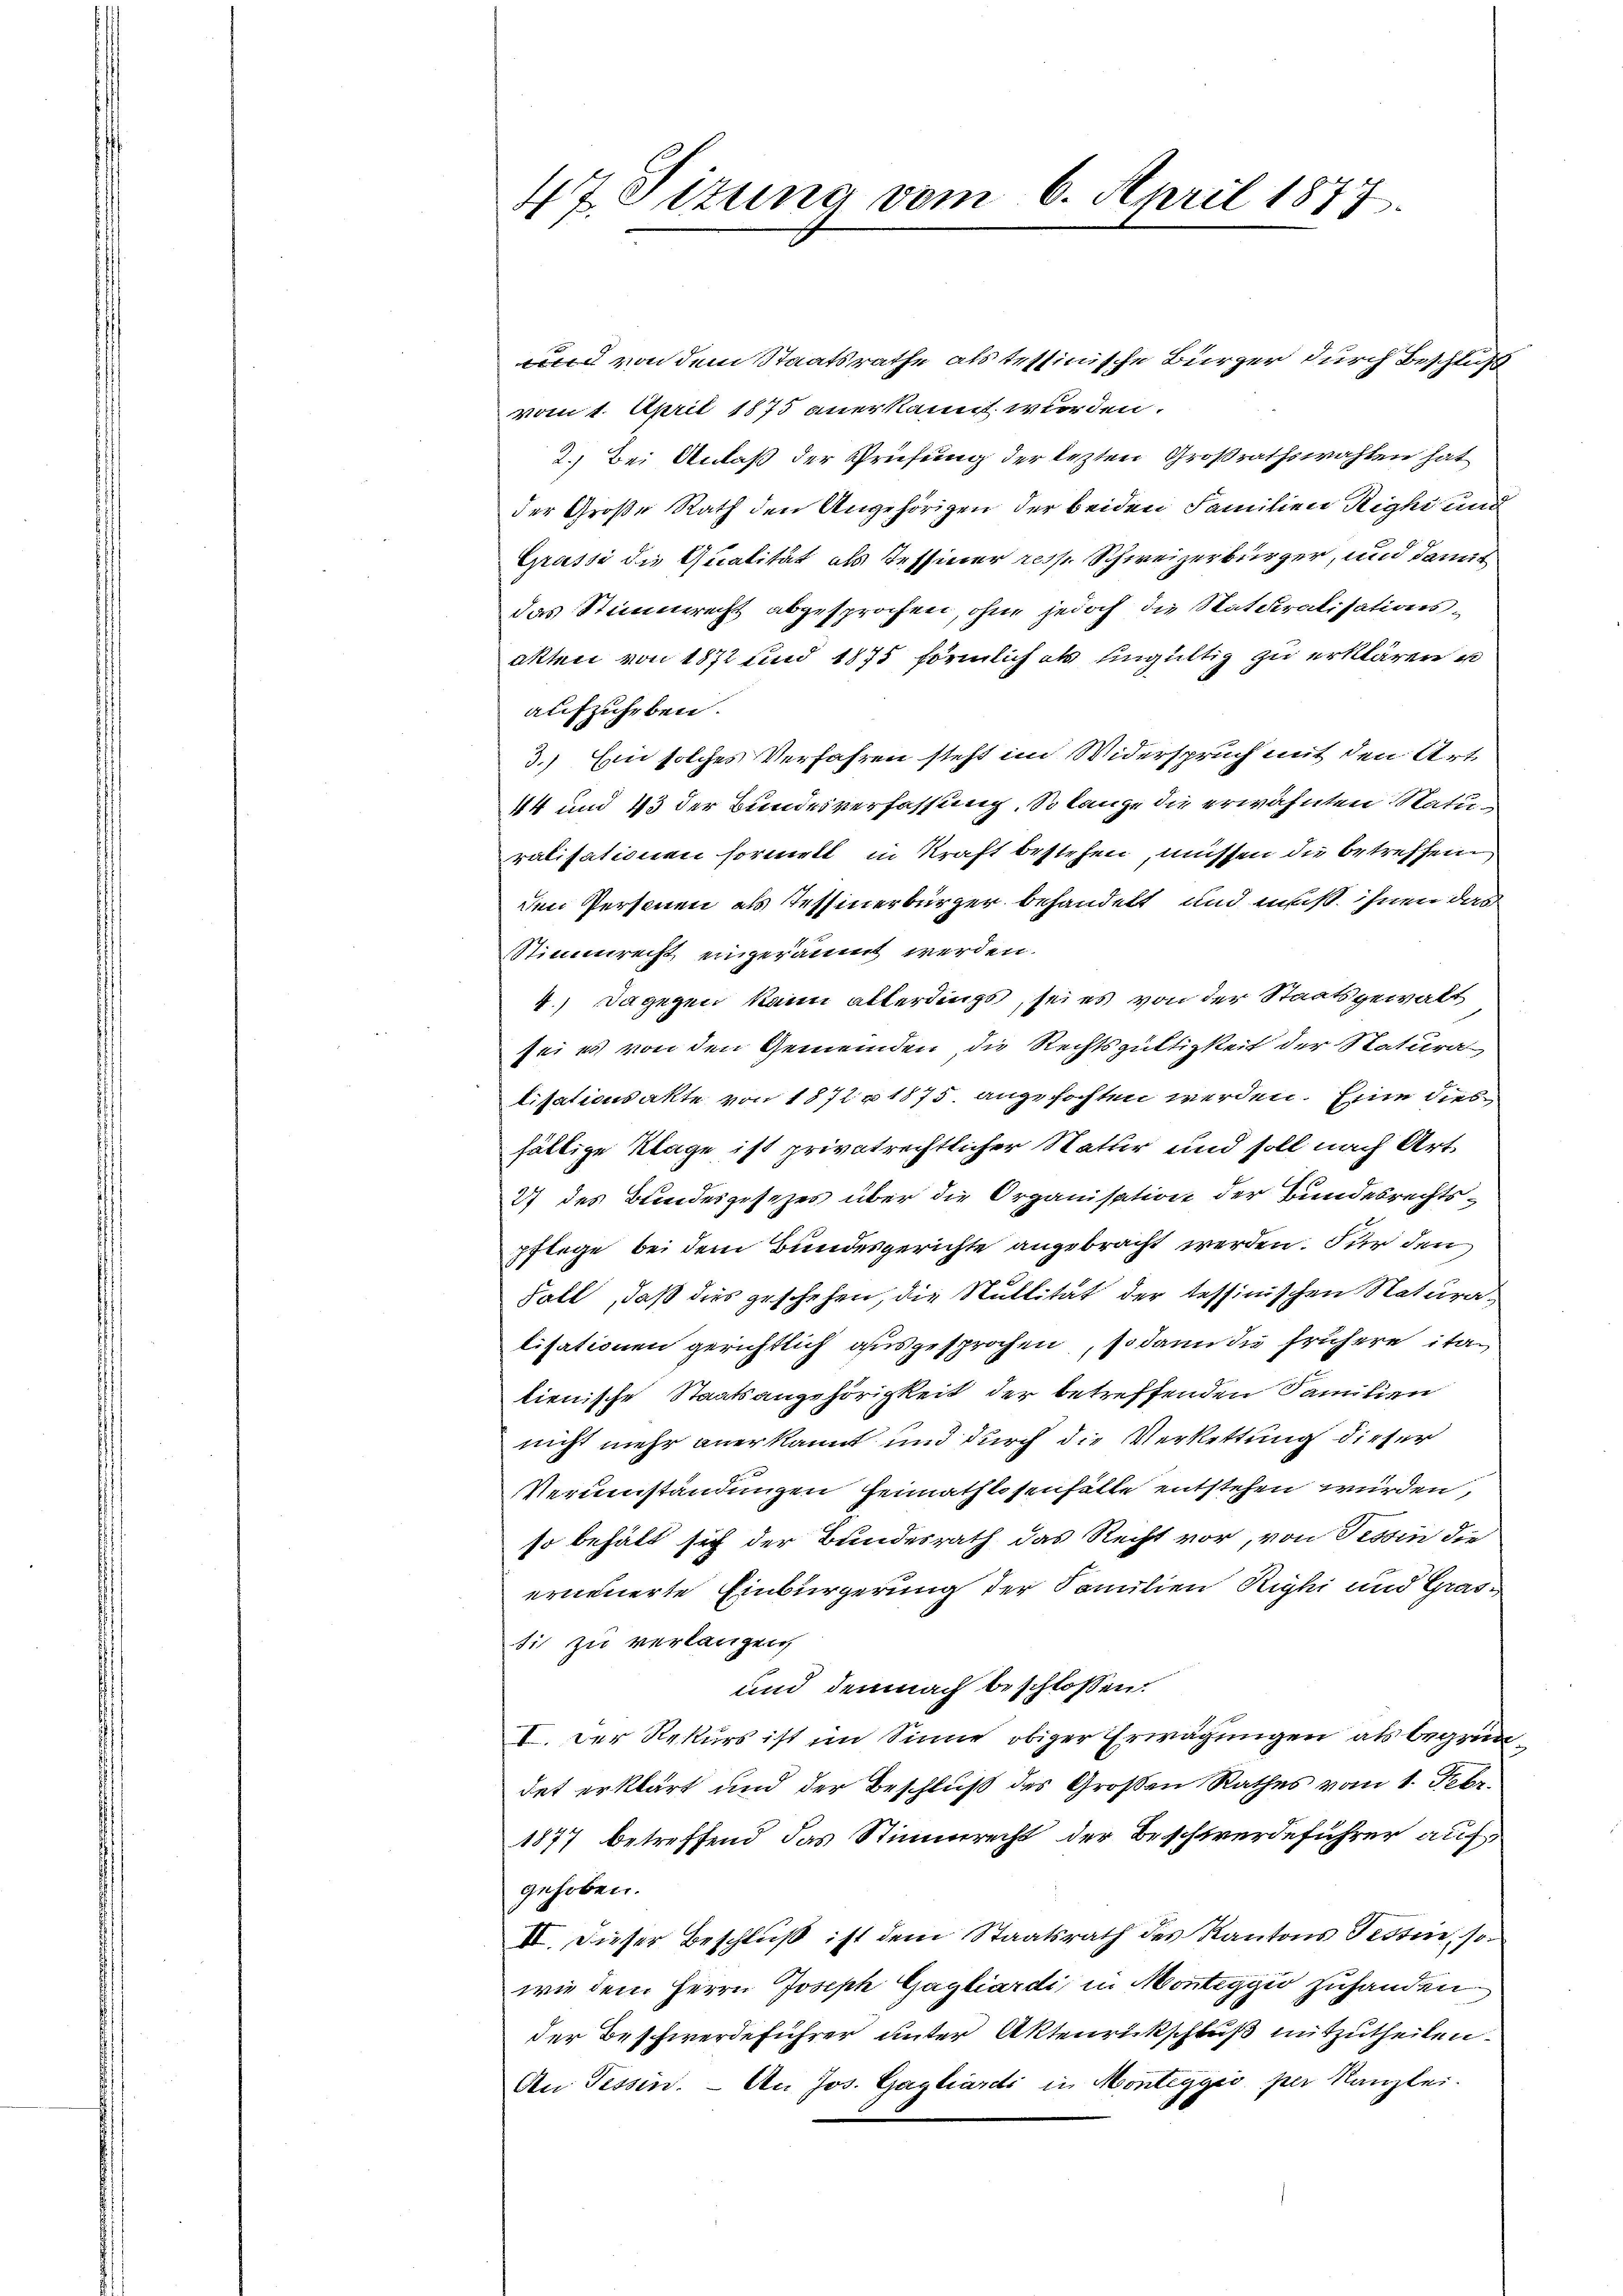
47 Sizung vom 6. April 1877.

und von dem Staatsrathe als tessinische Bürger durch Beschluß
vom 1. April 1875 anerkannt wurden.
2.) Bei Anlaß der Prüfung der lezten Großrathswahlen hat
der Große Rath den Angehörigen der beiden Familien Righi und
Grasse die Qualität als Tessiner resp. Schweizerbürger, und damit
das Stimmrecht abgesprochen, ohne jedoch die Staturalisationsakten von 1872 und 1875 förmlich ob ungültig zu erklären u
aufzuheben.
3.) Ein solches Verfahren steht im Widerspruch mit den Art
44 und 43 der Bundesverfassung. So lange die erwähnten Maturalisationen formelt in Kraft bestehen, müssen die betreffen.
den Personen als Tessinerbürger behandelt und muß. Ihnen das
Stimmrecht eingeräumt werden.
4.) Dagegen kann allerdings, sei es von der Staatsgewalt
sei es von den Gemeinden, die Rechtsgültigkeit der Natura
lisationsakte von 1872 n 1875 angefochten werden. Eine dies
fältige Klage ist privatrechtlicher Natur und soll nach Art.
27 des Bundesgesetzes über die Organisation der Bundesrechtspflege bei dem Bundesgerichte angebracht werden. Für den
Fall, daß dies geschehen, die Nullität der tessinischen Naturalisationen gerichtlich ausgesprochen, sodann die frühere ita
lienische Staatsangehörigkeit der betreffenden Familien
nicht mehr anerkannt und durch die Verkettung dieser
Verumständungen Heimathlosenfälle entstehen würden,
so behält sich der Bundesrath das Recht vor, von Tessin die
erneuerte Einbürgerung der Familien Righi und Grastis zu verlangen,
und demnach beschlossen:
I. Der Rekurs ist im Sinne obiger Erwägungen als begrün
det erklärt und der Beschluß des Großen Rathes vom 1. Febr.
1877 betreffend das Stimmrecht der Beschwerdeführer auf
gehoben.
II. Dieser Beschluß ist dem Staatsrath des Kantons Tessin, so
wie dem Herrn Joseph Gagliardi, in Montaggio zuhanden
der Beschwerdeführer unter Aktenrückschluß mitzutheilen.
An Tessin. — An Jos. Gagliardi in Monteggio per Kanzlei.